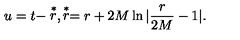
u = t - \stackrel { * } { r } , \stackrel { * } { r } = r + 2 M \ln | \frac { r } { 2 M } - 1 | .